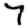
Digit: 7